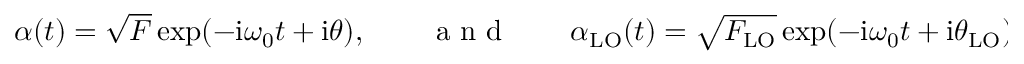
\begin{array} { r } { \alpha ( t ) = \sqrt { F } \exp ( - \mathrm { i } \omega _ { 0 } t + \mathrm { i } \theta ) , \qquad \mathrm { ~ a ~ n ~ d ~ } \qquad \alpha _ { \mathrm { L O } } ( t ) = \sqrt { F _ { \mathrm { L O } } } \exp ( - \mathrm { i } \omega _ { 0 } t + \mathrm { i } \theta _ { \mathrm { L O } } ) . } \end{array}